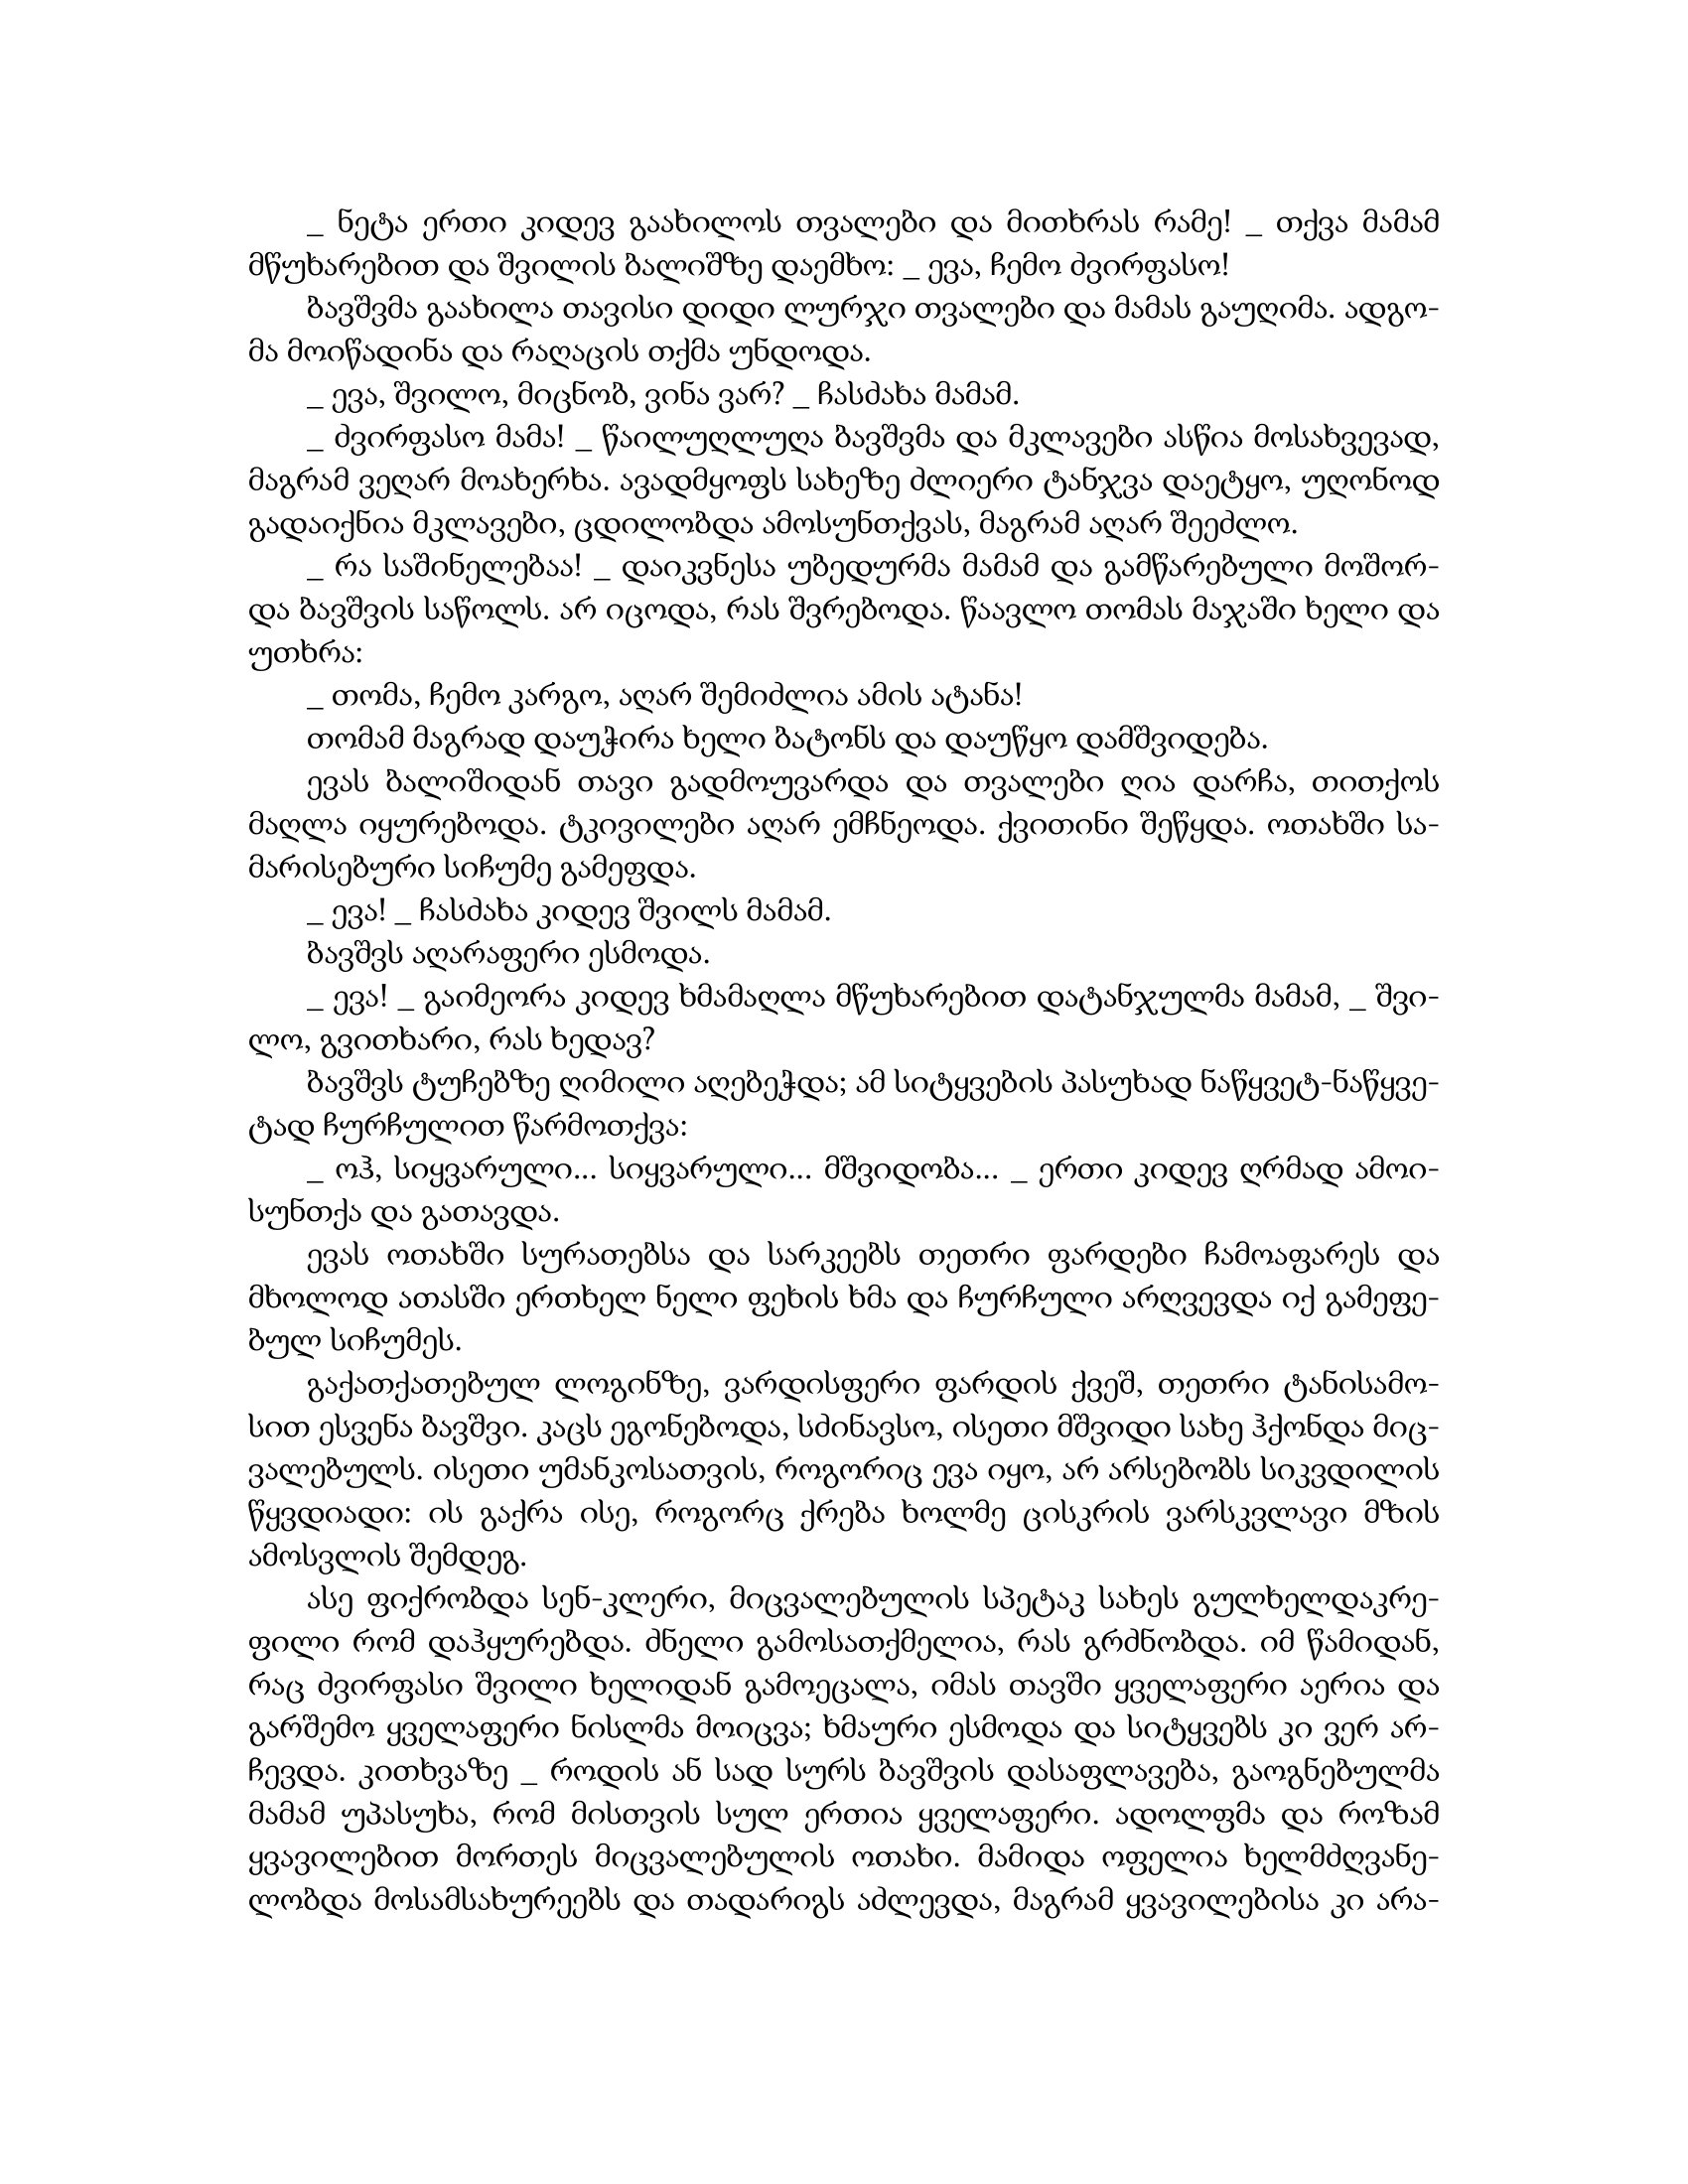
Language: gr